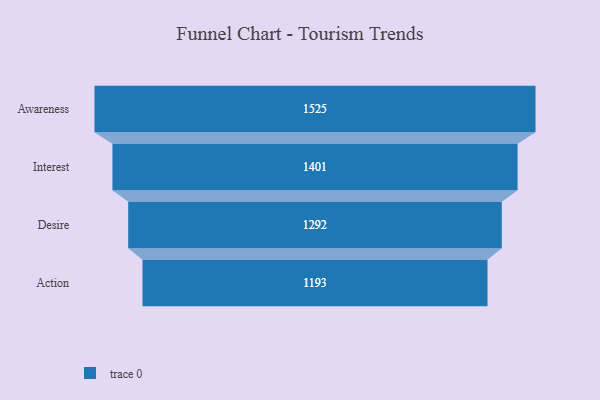
{"axis": {"x": "Stage", "y": "Value"}, "legend": [""], "data": [{"x": "Awareness", "y": 1525.0, "type": ""}, {"x": "Interest", "y": 1401.0, "type": ""}, {"x": "Desire", "y": 1292.0, "type": ""}, {"x": "Action", "y": 1193.0, "type": ""}]}